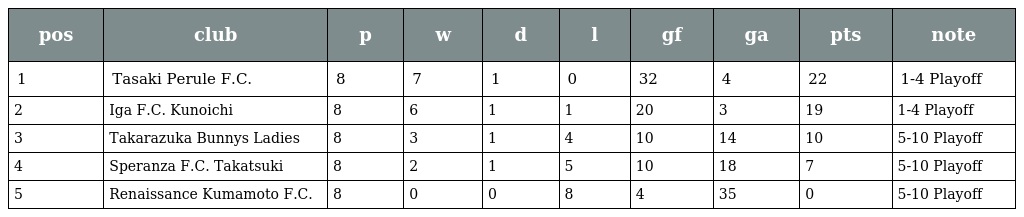
| pos | club | p | w | d | l | gf | ga | pts | note |
 | --- | --- | --- | --- | --- | --- | --- | --- | --- | --- |
 | 1 | Tasaki Perule F.C. | 8 | 7 | 1 | 0 | 32 | 4 | 22 | 1-4 Playoff |
 | 2 | Iga F.C. Kunoichi | 8 | 6 | 1 | 1 | 20 | 3 | 19 | 1-4 Playoff |
 | 3 | Takarazuka Bunnys Ladies | 8 | 3 | 1 | 4 | 10 | 14 | 10 | 5-10 Playoff |
 | 4 | Speranza F.C. Takatsuki | 8 | 2 | 1 | 5 | 10 | 18 | 7 | 5-10 Playoff |
 | 5 | Renaissance Kumamoto F.C. | 8 | 0 | 0 | 8 | 4 | 35 | 0 | 5-10 Playoff |